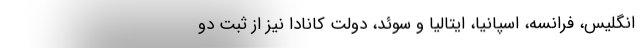
انگلیس، فرانسه، اسپانیا، ایتالیا و سوئد، دولت کانادا نیز از ثبت دو